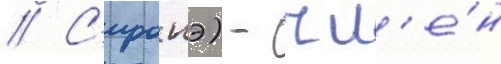
// С'иронэ) - чл'е́н